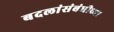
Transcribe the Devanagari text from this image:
बदलांसंबंधीच्या